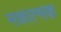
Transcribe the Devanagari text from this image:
नकात्मक